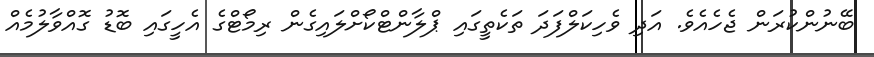
ބޭނުންކުރަން ޖެހެއެވެ. އަދި ވެހިކަލްފަދަ ތަކެތީގައި ޕްލާންޓްކޯށްލައިގެން ރިމޯޓްގެ އެހީގައި ބޮޑު ގޮއްވާލުމެއް